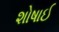
શોષાઈ